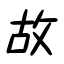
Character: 故